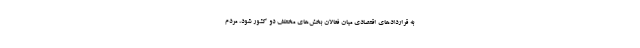
به قراردادهای اقتصادی میان فعالان بخش‌های مختلف دو کشور شود، مردم